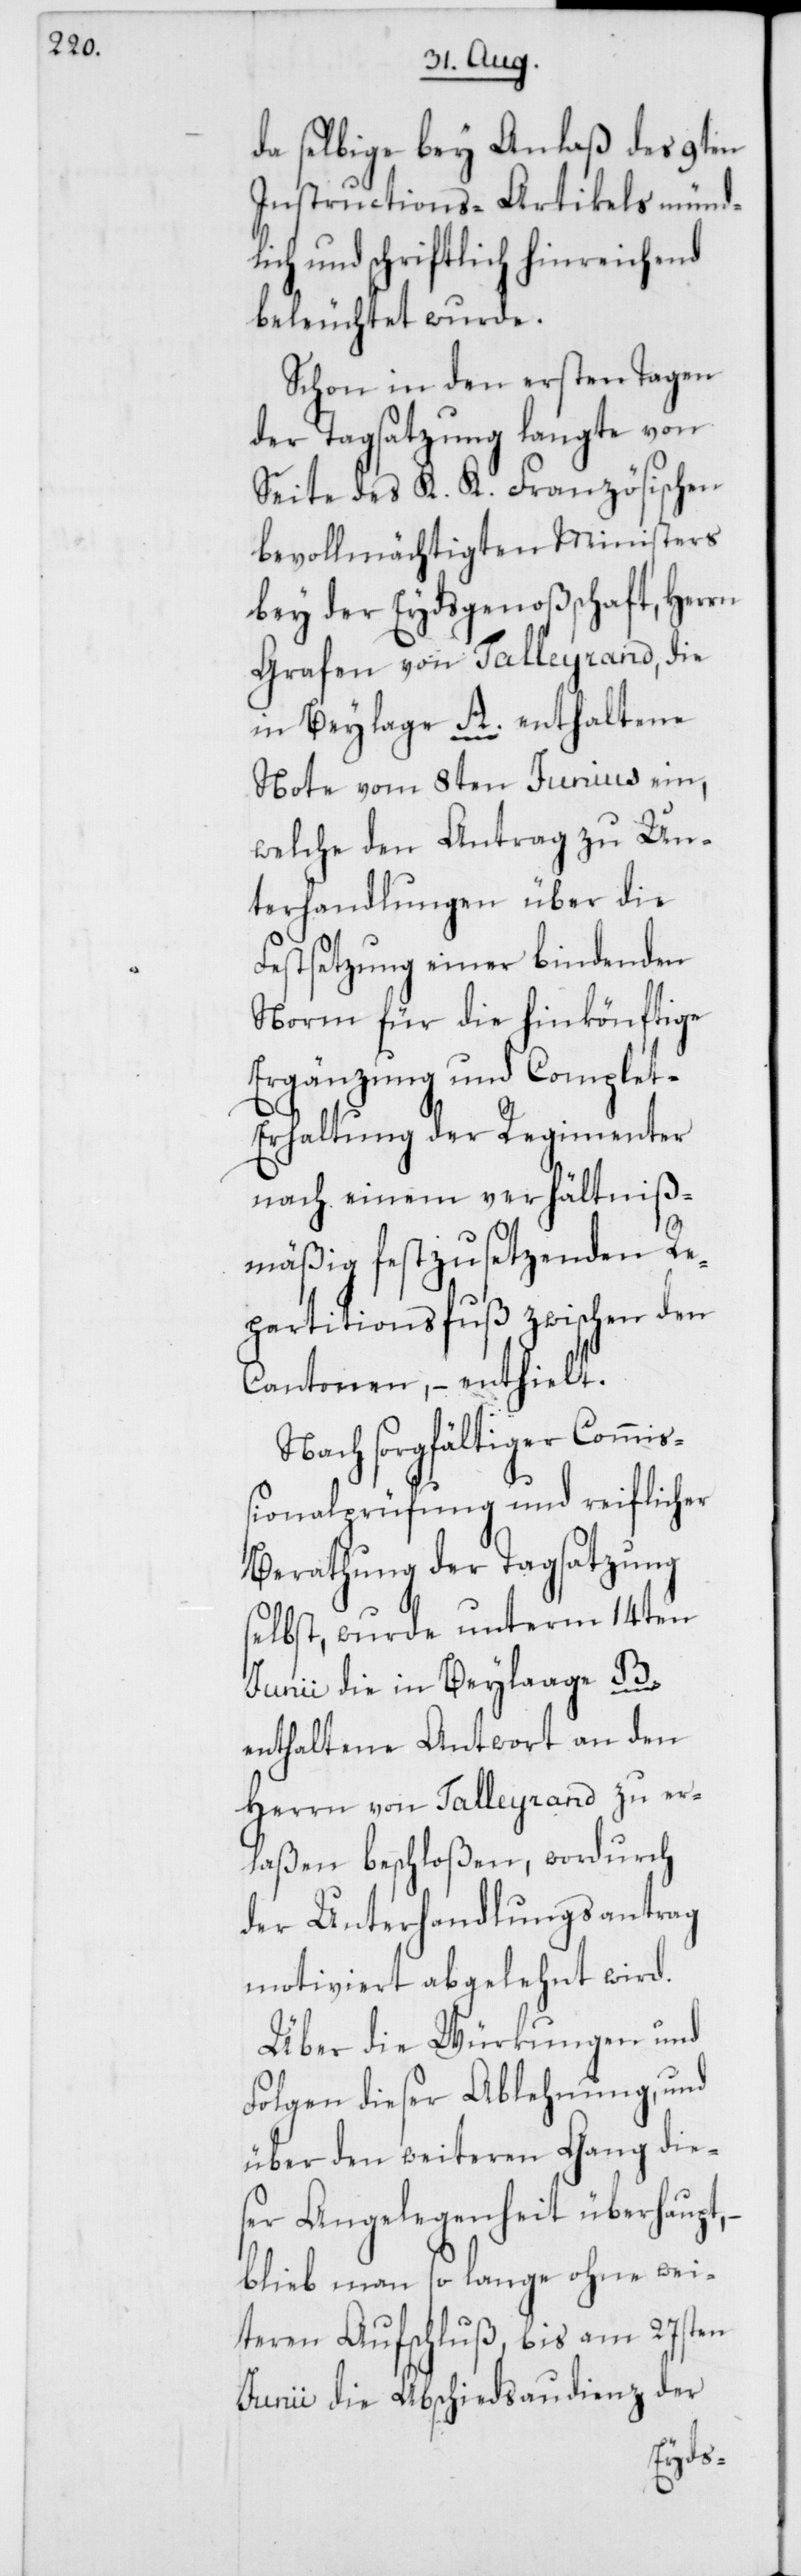
da selbige bey Anlaß des 9ten
Instructions-Artikels mündl¬
ich und schriftlich hinreichend
beleuchtet wurde.
Schon in den ersten Tagen
der Tagsatzung langte von
Seite des K. K. Französischen
bevollmächtigten Ministers
bey der Eydsgenoßenschaft, Herrn
Grafen von Talleyrand, die
in Beylage A. enthaltene
Note vom 8ten Junius ein,
welche den Antrag zu Un¬
terhandlungen über die
Festsetzung einer bindenden
Norm für die hinkönftige
Ergänzung und Complet-E¬
rhaltung der Regimenter
nach einem verhältniß¬
mäßig festzusetzenden Re¬
partitionsfuß zwischen den
Cantonen, – enthielt.
Nach sorgfältiger Commi¬
ßionalprüfung und reiflicher
Berathung der Tagsatzung
selbst, wurde unterm 14ten
Junii die in Beylaage B.
enthaltene Antwort an den
Herrn von Talleyrand zu er¬
laßen beschloßen, wordurch
der Unterhandlungsantrag
motiviert abgelehnt wird.
Über die Würkungen und
Folgen dieser Ablehnung und
über den weiteren Gang die¬
ser Angelegenheit überhaupt,
blieb man so lange ohne wei¬
teren Aufschluß, bis am 27sten
Junii die Abschiedsaudienz der